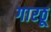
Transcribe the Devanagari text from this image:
गारठू